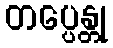
တပ္ပေန္တု